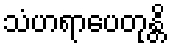
သံဟရာပေတုန္တိ